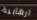
ارهابية